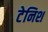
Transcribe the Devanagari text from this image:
टेनिश